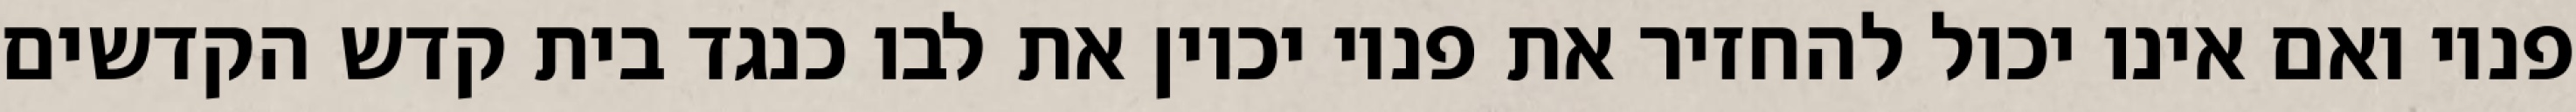
פניו ואם אינו יכול להחזיר את פניו יכוין את לבו כנגד בית קדש הקדשים